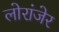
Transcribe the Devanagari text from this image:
लोरांंजेर